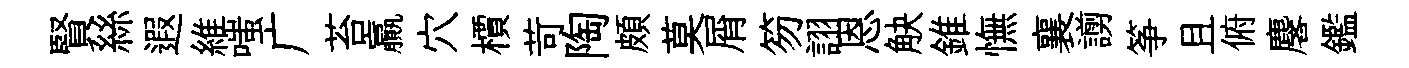
賢絲遐維嗤广苔贏穴檟苛陶頗莫屑笏詡恩觖錐憮襄謭筝且俯麐鑑